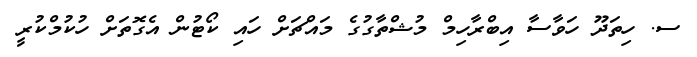
ސ. ހިތަދޫ ހަވާސާ އިބްރާހިމް މުޝްތާގުގެ މައްޗަށް ހައި ކޯޓުން އެގޮތަށް ހުކުމްކުރީ